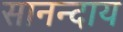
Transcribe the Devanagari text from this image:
सानन्दाय